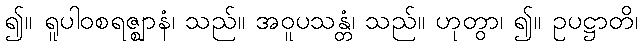
၍။ ရူပါဝစရဇ္ဈာနံ၊ သည်။ အဝူပသန္တံ၊ သည်။ ဟုတွာ၊ ၍။ ဥပဋ္ဌာတိ၊